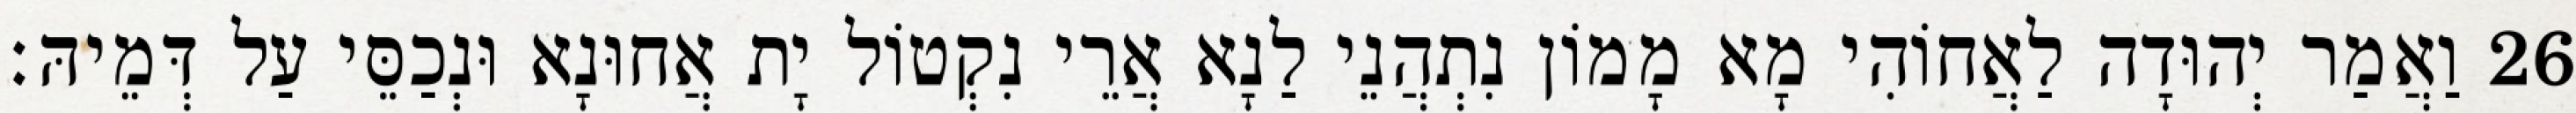
26 וַאֲמַר יְהוּדָה לַאֲחוֹהִי מָא מָמוֹן נִתְהֲנֵי לַנָא אֲרֵי נִקְטוֹל יָת אֲחוּנָא וּנְכַסֵּי עַל דְּמֵיהּ׃